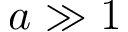
a \gg 1